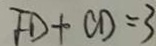
F D + C D = 3